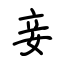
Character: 妾